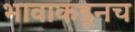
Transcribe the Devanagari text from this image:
भावाकडूनच